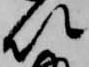
以